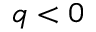
q < 0